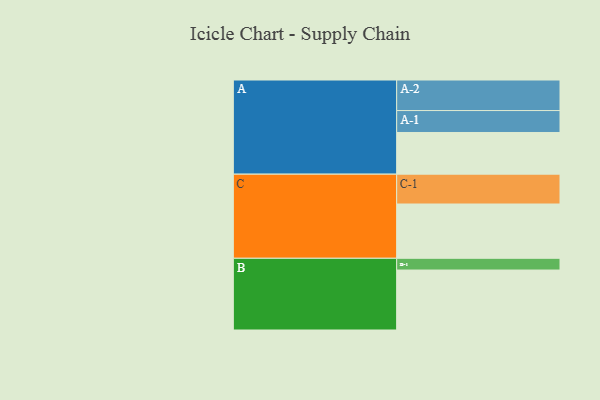
{"axis": {"x": "Segment", "y": "Value"}, "legend": ["", "A", "B", "C"], "data": [{"x": "A", "y": 397, "type": ""}, {"x": "B", "y": 571, "type": ""}, {"x": "C", "y": 517, "type": ""}, {"x": "A-1", "y": 209, "type": "A"}, {"x": "A-2", "y": 291, "type": "A"}, {"x": "B-1", "y": 112, "type": "B"}, {"x": "C-1", "y": 284, "type": "C"}]}